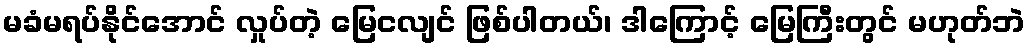
မခံမရပ်နိုင်အောင် လှုပ်တဲ့ မြေငလျင် ဖြစ်ပါတယ်၊ ဒါကြောင့် မြေကြီးတွင် မဟုတ်ဘဲ